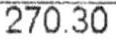
270.30